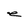
Character: e